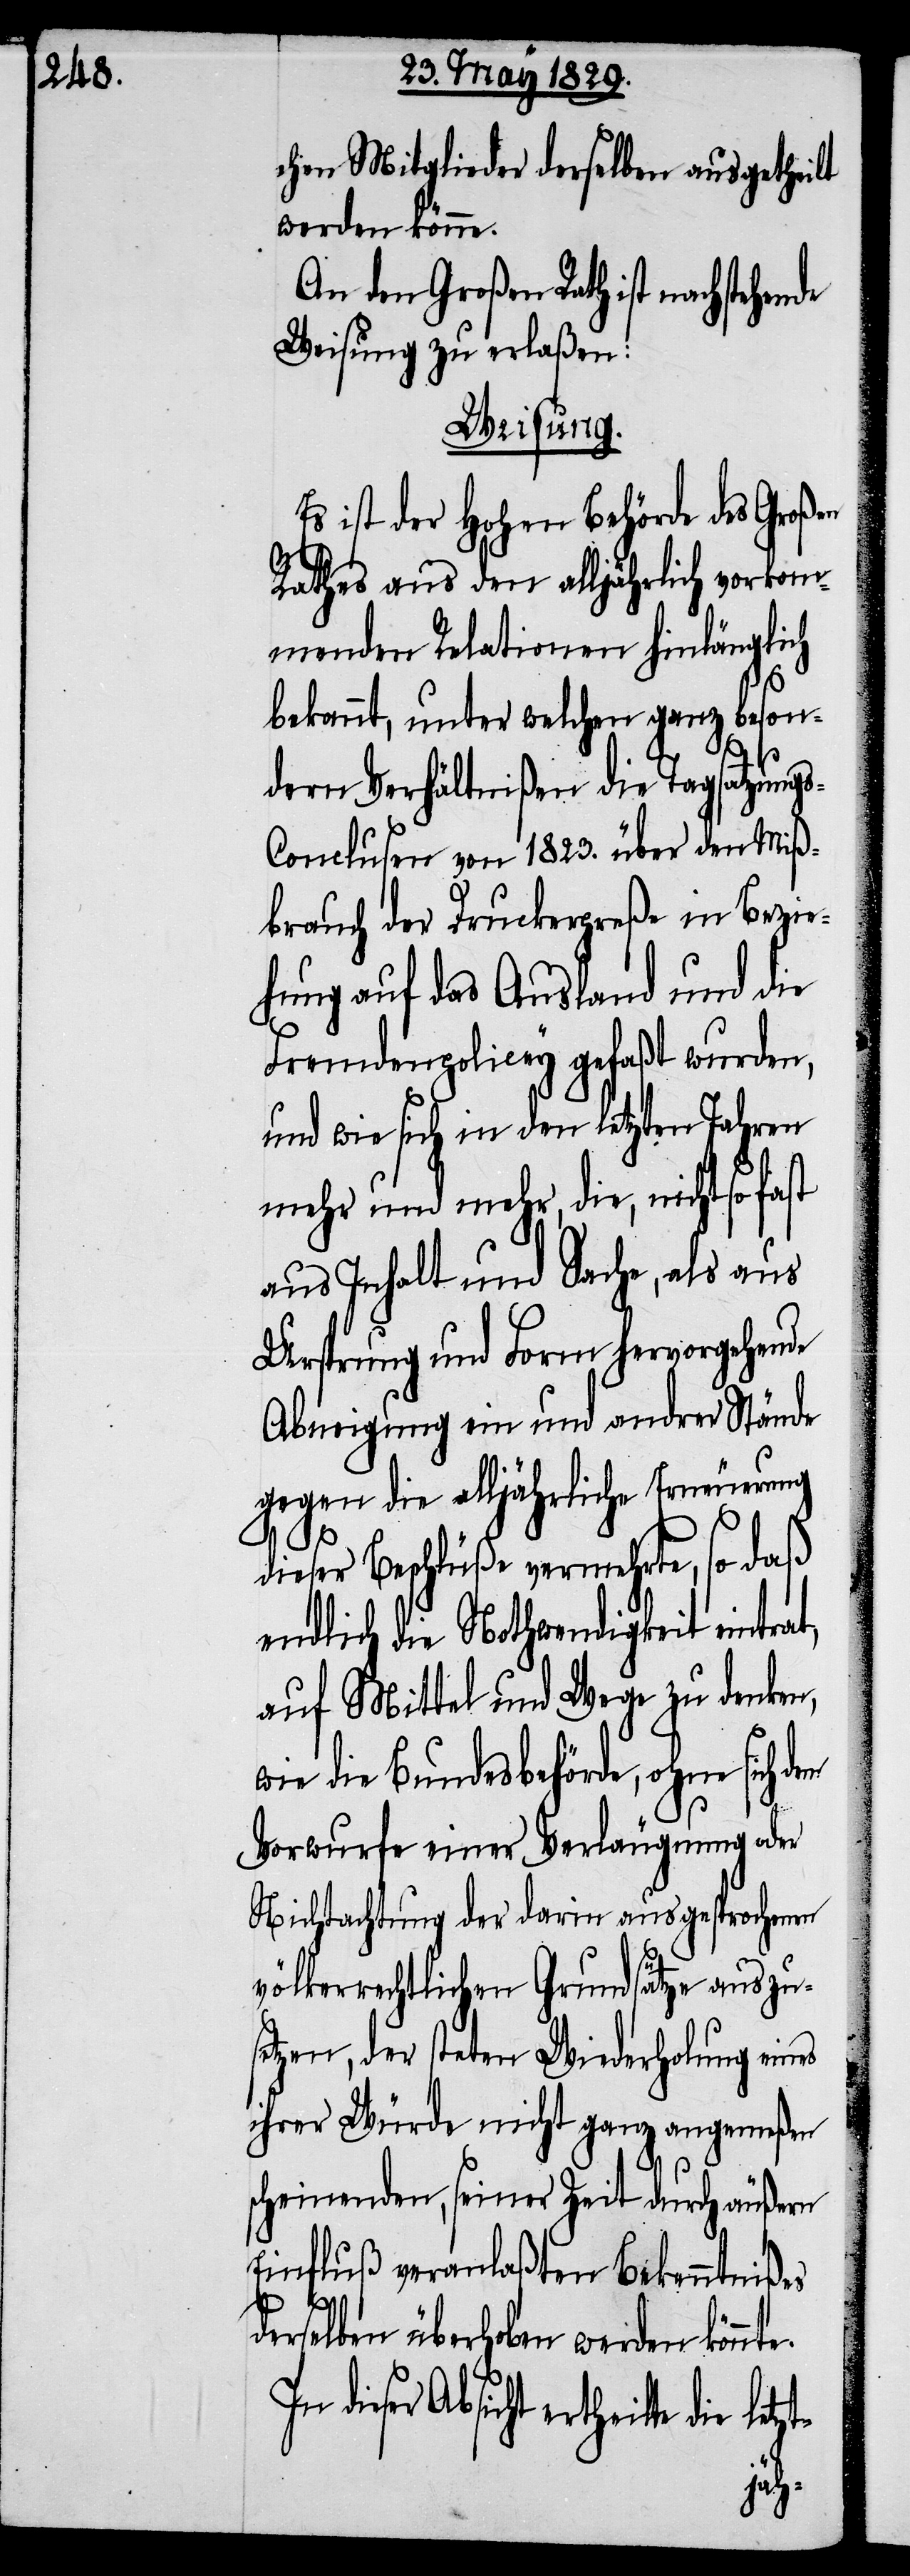
chen Mitglieder derselben ausgetheilt
werden könne.
An den Großen Rath ist nachstehende
Weisung zu erlaßen:
Weisung.
Es ist der Hohen Behörde des Großen
Rathes aus den alljährlich vorkom¬
menden Relationen hinlänglich
bekannt, unter welchen ganz beson¬
dern Verhältnißen die Tagsatzung¬
s-Conclusen von 1823. über den Miß¬
brauch der Druckerpreße in Bezie¬
hung auf das Ausland und die
Fremdenpolicey gefaßt wurden,
und wie sich in den letzten Jahren
mehr und mehr, die, nicht so fast
aus Inhalt und Sache, als aus
Ursprung und Form hervorgehende
Abneigung ein und andrer Stände
gegen die alljährliche Erneuerung
dieser Beschlüße vermehrte, so daß
endlich die Nothwendigkeit eintrat,
auf Mittel und Wege zu denken,
wie die Bundesbehörde, ohne sich dem
Vorwurfe einer Verlängerung oder
Nichtachtung der darin ausgesprochenen
völkerrechtlichen Grundsätze auszus¬
etzen, der steten Wiederholung eines
ihrer Würde nicht ganz angemeßen
scheinenden, seiner Zeit durch äußern
Einfluß veranlaßten Bekenntnißes
derselben überhoben werden könnt¬
dieser Absicht ertheilte die
letzt-